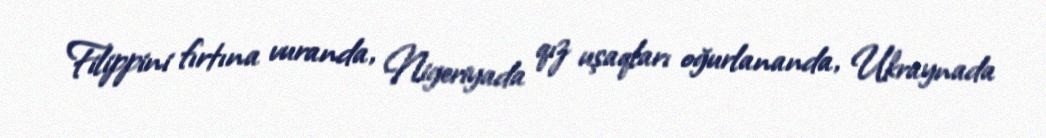
Filippini fırtına vuranda, Nigeriyada qız uşaqları oğurlananda, Ukraynada